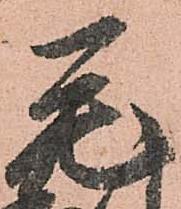
毛